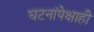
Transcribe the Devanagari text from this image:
घटनांपेक्षाही